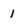
Character: 1